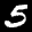
Label: 5